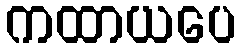
ကထာယပေ